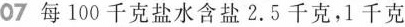
07 每100千克盐水含盐2.5千克，1千克